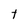
Character: t